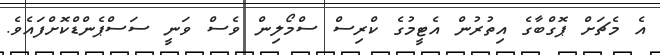
އެ މެޗަށް ޕޮގްބާގެ އިތުރުން އެޓީމުގެ ކްރިސް ސްމޯލިން ވެސް ވަނީ ސަސްޕެންޑްކޮށްފައެވެ.